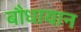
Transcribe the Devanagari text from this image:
बौधायान